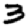
Digit: 3